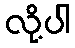
လို့ပါ